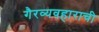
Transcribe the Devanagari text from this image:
गैरव्यवहाराची